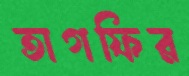
তাগফির